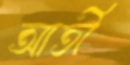
আর্তী